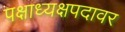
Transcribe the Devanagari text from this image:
पक्षाध्यक्षपदावर